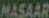
MASAAR